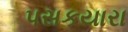
પસકયારા